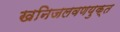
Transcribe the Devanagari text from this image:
खनिजलवणयुक्त